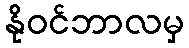
နိုဝင်ဘာလမှ